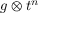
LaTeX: g \otimes t ^ { n }